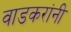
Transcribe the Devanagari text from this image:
वाडकरांनी